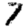
Digit: 7